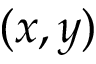
( x , y )